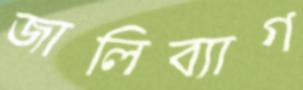
জালিব্যাগ